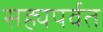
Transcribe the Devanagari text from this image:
सह्यपर्वत